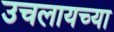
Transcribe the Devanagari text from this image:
उचलायच्या